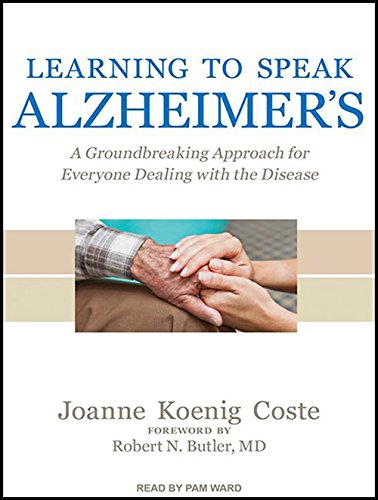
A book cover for Learning to Speak Alzheimer's: A Groundbreaking Approach for Everyone Dealing with the Disease; Joanne Koenig Coste; Health, Fitness & Dieting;